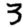
Digit: 3